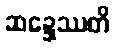
ဆဍ္ဍေဿတိ